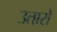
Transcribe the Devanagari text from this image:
उतारो